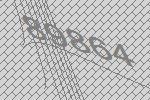
89864